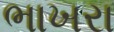
ભાખરા